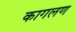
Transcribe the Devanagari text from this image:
कागलण